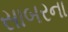
સાબરના